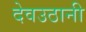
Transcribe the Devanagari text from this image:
देवउठानी